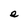
Character: e